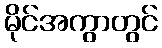
မိုင်အကွာတွင်